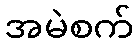
အမဲစက်